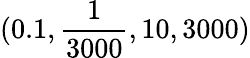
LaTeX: (0.1,\frac{1}{3000},10,3000)